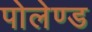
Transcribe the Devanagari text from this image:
पोलेण्ड